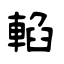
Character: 輡